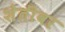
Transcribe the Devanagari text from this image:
शेतींवर